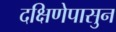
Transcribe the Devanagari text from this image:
दक्षिणेपासुन